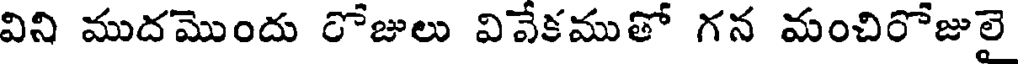
విని ముదమొందు రోజులు వివేకముతో గన మంచిరోజులై